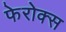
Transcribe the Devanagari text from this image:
फेरोक्स